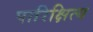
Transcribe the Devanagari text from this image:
पारिक्षित्य